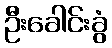
ဦးခေါင်းခွံ